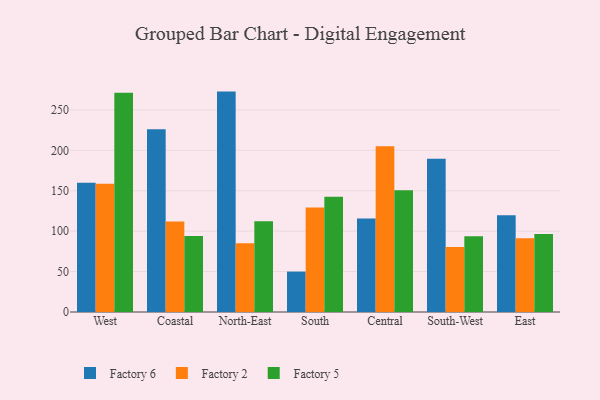
{"axis": {"x": "Region", "y": "Operating Costs (USD K)"}, "legend": ["Factory 2", "Factory 5", "Factory 6"], "data": [{"x": "West", "y": 159.9, "type": "Factory 6"}, {"x": "West", "y": 158.5, "type": "Factory 2"}, {"x": "West", "y": 271.2, "type": "Factory 5"}, {"x": "Coastal", "y": 226.0, "type": "Factory 6"}, {"x": "Coastal", "y": 111.8, "type": "Factory 2"}, {"x": "Coastal", "y": 93.9, "type": "Factory 5"}, {"x": "North-East", "y": 272.6, "type": "Factory 6"}, {"x": "North-East", "y": 84.9, "type": "Factory 2"}, {"x": "North-East", "y": 112.2, "type": "Factory 5"}, {"x": "South", "y": 50.0, "type": "Factory 6"}, {"x": "South", "y": 129.4, "type": "Factory 2"}, {"x": "South", "y": 142.7, "type": "Factory 5"}, {"x": "Central", "y": 115.6, "type": "Factory 6"}, {"x": "Central", "y": 205.1, "type": "Factory 2"}, {"x": "Central", "y": 150.7, "type": "Factory 5"}, {"x": "South-West", "y": 189.4, "type": "Factory 6"}, {"x": "South-West", "y": 80.5, "type": "Factory 2"}, {"x": "South-West", "y": 93.6, "type": "Factory 5"}, {"x": "East", "y": 119.7, "type": "Factory 6"}, {"x": "East", "y": 91.2, "type": "Factory 2"}, {"x": "East", "y": 96.6, "type": "Factory 5"}]}